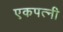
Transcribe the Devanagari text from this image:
एकपत्‍नी